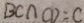
B C \cap C D = C